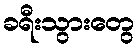
ခရီးသွားတွေ